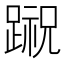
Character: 𨃷